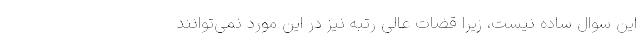
این سوال ساده نیست، زیرا قضات عالی رتبه نیز در این مورد نمی‌توانند